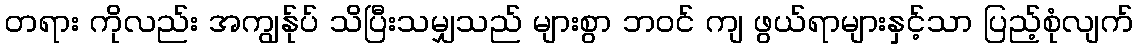
တရား ကိုလည်း အကျွန်ုပ် သိပြီးသမျှသည် များစွာ ဘဝင် ကျ ဖွယ်ရာများနှင့်သာ ပြည့်စုံလျက်